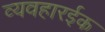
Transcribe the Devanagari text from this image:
व्यवहारईक